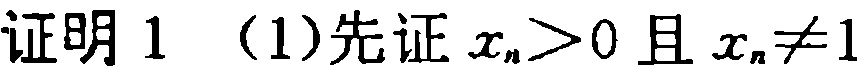
证明1 （1）先证$x_{n}>0$且$x_{n}\neq1$